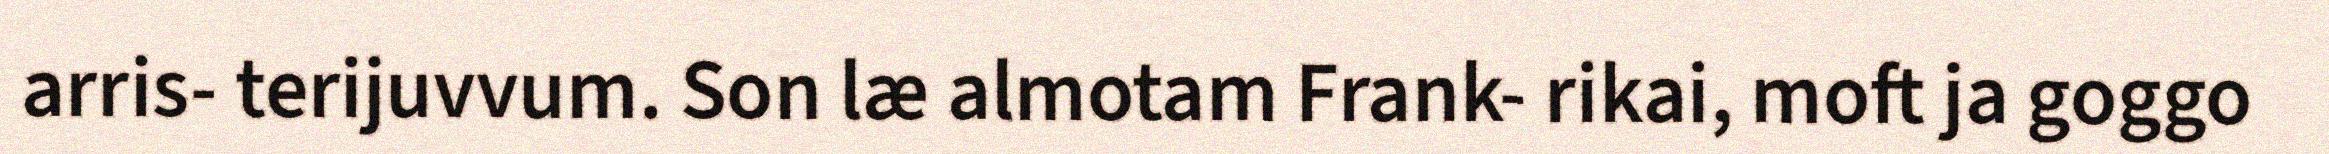
arris- terijuvvum. Son læ almotam Frank- rikai, moft ja goggo